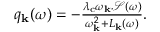
\begin{array} { r } { q _ { \mathrm { \mathbf { k } } } ( \omega ) = - \frac { \lambda _ { \mathrm { c } } \omega _ { \mathbf { k } } \mathcal { S } ( \omega ) } { \omega _ { \mathbf { k } } ^ { 2 } + L _ { \mathbf { k } } ( \omega ) } . } \end{array}